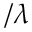
/ \lambda